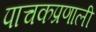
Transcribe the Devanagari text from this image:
पाचकप्रणाली